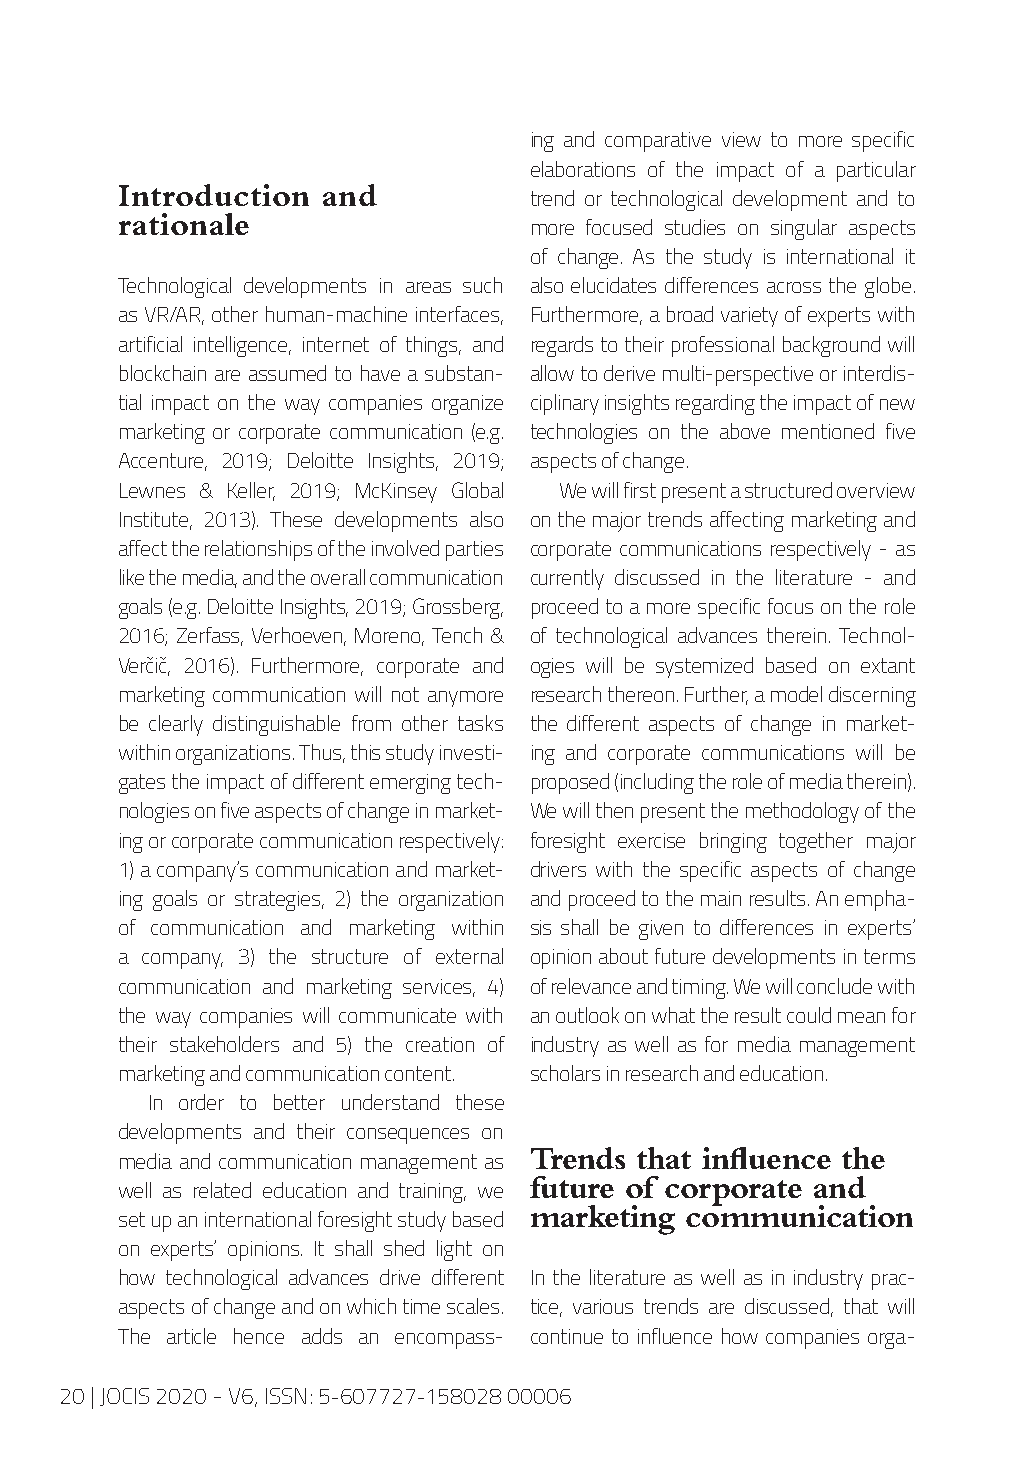
ing and comparative view to more specific
 elaborations of the impact of a particular
 Introduction and
 trend or technological development and to
 rationale
 more focused studies on singular aspects
 of change. As the study is international it
 Technological developments in areas such also elucidates differences across the globe.
 as VR/AR, other human-machine interfaces, Furthermore, a broad variety of experts with
 artificial intelligence, internet of things, and regards to their professional background will
 blockchain are assumed to have a substan- allow to derive multi-perspective or interdis-
 tial impact on the way companies organize ciplinary insights regarding the impact of new
 marketing or corporate communication (e.g. technologies on the above mentioned five
 Accenture, 2019; Deloitte Insights, 2019; aspects of change.
 Lewnes & Keller, 2019; McKinsey Global We will first present a structured overview
 Institute, 2013). These developments also on the major trends affecting marketing and
 affect the relationships of the involved parties corporate communications respectively - as
 like the media, and the overall communication currently discussed in the literature - and
 goals (e.g. Deloitte Insights, 2019; Grossberg, proceed to a more specific focus on the role
 2016; Zerfass, Verhoeven, Moreno, Tench & of technological advances therein. Technol-
 Verčič, 2016). Furthermore, corporate and ogies will be systemized based on extant
 marketing communication will not anymore research thereon. Further, a model discerning
 be clearly distinguishable from other tasks the different aspects of change in market-
 within organizations. Thus, this study investi- ing and corporate communications will be
 gates the impact of different emerging tech- proposed (including the role of media therein).
 nologies on five aspects of change in market- We will then present the methodology of the
 ing or corporate communication respectively: foresight exercise bringing together major
 1) a company’s communication and market- drivers with the specific aspects of change
 ing goals or strategies, 2) the organization and proceed to the main results. An empha-
 of communication and marketing within sis shall be given to differences in experts’
 a company, 3) the structure of external opinion about future developments in terms
 communication and marketing services, 4) of relevance and timing. We will conclude with
 the way companies will communicate with an outlook on what the result could mean for
 their stakeholders and 5) the creation of industry as well as for media management
 marketing and communication content. scholars in research and education.
 In order to better understand these
 developments and their consequences on
 Trends that influence the
 media and communication management as
 future of corporate and
 well as related education and training, we
 marketing communication
 set up an international foresight study based
 on experts’ opinions. It shall shed light on
 how technological advances drive different In the literature as well as in industry prac-
 aspects of change and on which time scales. tice, various trends are discussed, that will
 The article hence adds an encompass- continue to influence how companies orga-
 20 | JOCIS 2020 - V6, ISSN: 5-607727-158028 00006